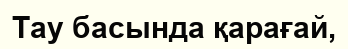
Тау басында қарағай,